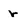
Character: r